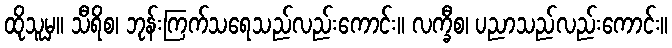
ထိုသူမှ။ သီရိစ၊ ဘုန်းကြက်သရေသည်လည်းကောင်း။ လက္ခီစ၊ ပညာသည်လည်းကောင်း။